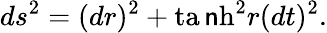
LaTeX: ds^{2}=(dr)^{2}+\operatorname{ta\mathsf{n}h}^{2}r(dt)^{2}.